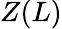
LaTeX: Z(L)